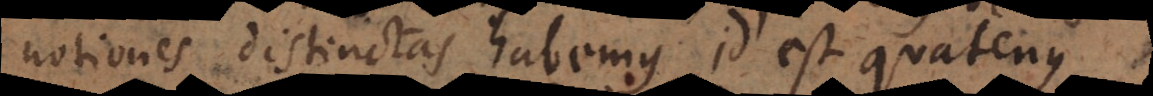
notiones distinctas habemus, id est quatenus